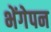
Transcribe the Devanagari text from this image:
भेंगेपन